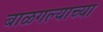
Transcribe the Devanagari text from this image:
बाळगल्याच्या